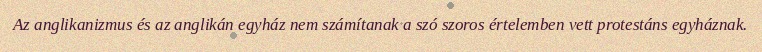
Az anglikanizmus és az anglikán egyház nem számítanak a szó szoros értelemben vett protestáns egyháznak.